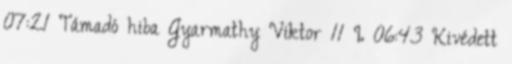
07:21 Támadó hiba Gyarmathy Viktor 11 I. 06:43 Kivédett